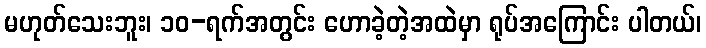
မဟုတ်သေးဘူး၊ ၁၀-ရက်အတွင်း ဟောခဲ့တဲ့အထဲမှာ ရုပ်အကြောင်း ပါတယ်၊